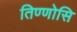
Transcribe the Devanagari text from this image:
तिण्णोसि